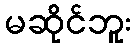
မဆိုင်ဘူး